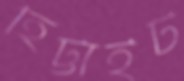
হিট্টাইট